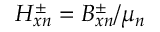
H _ { x n } ^ { \pm } = B _ { x n } ^ { \pm } / \mu _ { n }